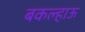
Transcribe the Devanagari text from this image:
बकल्हाऊ